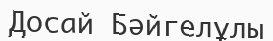
Досай Бәйгелұлы